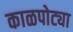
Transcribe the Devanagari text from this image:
काळपोट्या